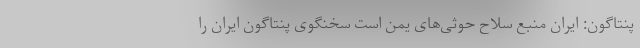
پنتاگون: ایران منبع سلاح حوثی‌های یمن است سخنگوی پنتاگون ایران را